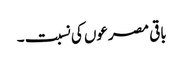
باقی مصرعوں کی نسبت ۔